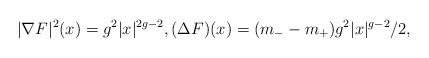
LaTeX: \begin{align*}|\nabla F|^2(x)=g^2|x|^{2g-2},(\Delta F)(x)=(m_{-}-m_{+})g^2|x|^{g-2}/2,\end{align*}